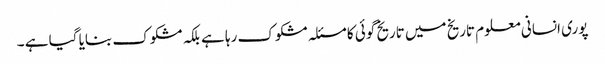
پوری انسانی معلوم تاریخ میں تاریخ گوئی کا مسئلہ مشکوک رہا ہے بلکہ مشکوک بنایا گیا ہے ۔